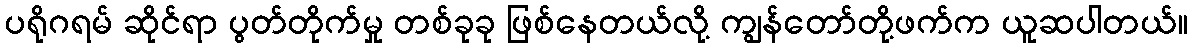
ပရိုဂရမ် ဆိုင်ရာ ပွတ်တိုက်မှု တစ်ခုခု ဖြစ်နေတယ်လို့ ကျွန်တော်တို့ဖက်က ယူဆပါတယ်။